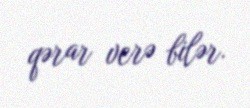
qərar verə bilər.